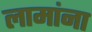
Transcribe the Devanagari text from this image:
लामांना